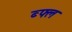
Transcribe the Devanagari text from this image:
ब्फ्ल